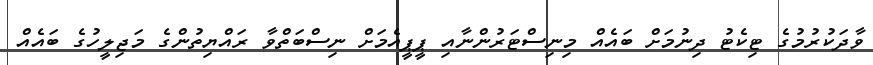
ވާދަކުރުމުގެ ޓިކެޓު ދިނުމަށް ބައެއް މިނިސްޓަރުންނާއި ޕީޕީއެމަށް ނިސްބަތްވާ ރައްޔިތުންގެ މަޖިލީހުގެ ބައެއް